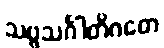
သဗ္ဗသင်္ဂါတိဂတေ